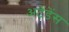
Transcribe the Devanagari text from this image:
अटेंडेंस